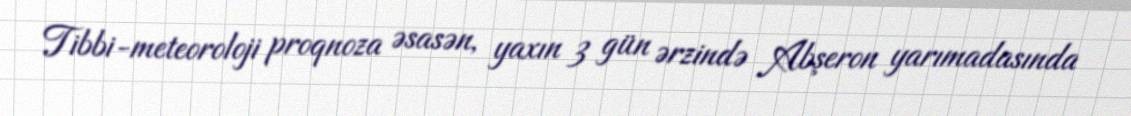
Tibbi-meteoroloji proqnoza əsasən, yaxın 3 gün ərzində Abşeron yarımadasında